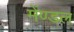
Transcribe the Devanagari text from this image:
मेंण्डल